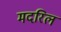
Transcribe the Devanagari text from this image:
मदरिल